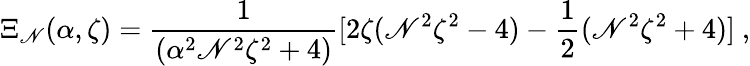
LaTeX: \Xi_{\mathscr{N}}(\alpha,\zeta)=\frac{{1}}{{(\alpha^{2}\mathscr{N}^{2}\zeta^{2}+4)}}[2\zeta(\mathscr{N}^{2}\zeta^{2}-4)-\frac{{1}}{{2}}(\mathscr{N}^{2}\zeta^{2}+4)]\ ,